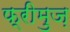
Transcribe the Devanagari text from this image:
फ्रीमुज़